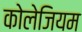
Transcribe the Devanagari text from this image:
कोलेजियम